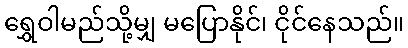
ရွှေဝါမည်သို့မျှ မပြောနိုင်၊ ငိုင်နေသည်။